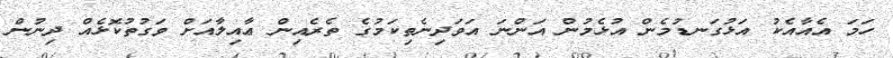
ހަމަ އެއާއެކު އަޅުގަނޑުމެން އުޅެމުން އަންނަ އަވަދިނެތިކަމުގެ ތެރެއިން ޢާއިލާއަށް ވަގުތުކޮޅެއް ދިނުން